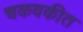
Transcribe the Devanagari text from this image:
चकवकीत